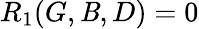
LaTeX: R_{1}(G,\mathit{B},D)=0